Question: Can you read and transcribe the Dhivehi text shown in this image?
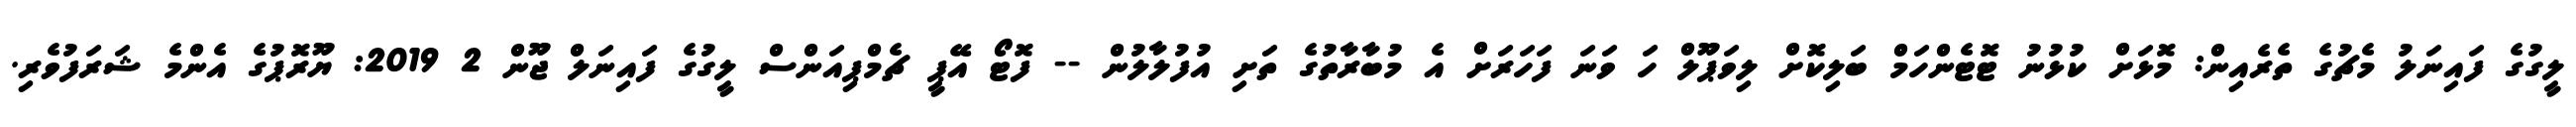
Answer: ލީގުގެ ފައިނަލު މެޗުގެ ތެރެއިން: މޮޅަށް ކުޅުނު ޓޮޓެންހަމް ބަލިކޮށް ލިވަޕޫލް ހަ ވަނަ ފަހަރަށް އެ މުބާރާތުގެ ތަށި އުފުލާލުން -- ފޮޓޯ އޭޕީ ޗެމްޕިއަންސް ލީގުގެ ފައިނަލް ޖޫން 2 2019: ޔޫރޮޕުގެ އެންމެ ޝަރަފުވެރި.